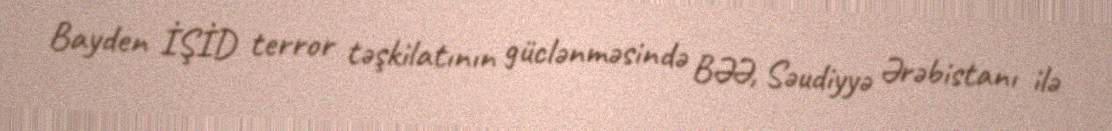
Bayden İŞİD terror təşkilatının güclənməsində BƏƏ, Səudiyyə Ərəbistanı ilə